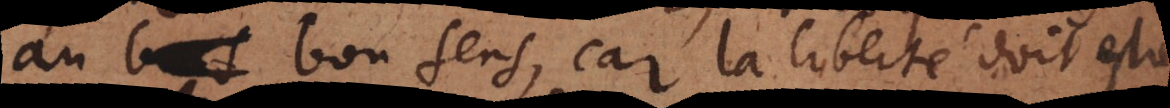
au bon sens, car la liberté doit estre